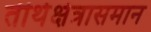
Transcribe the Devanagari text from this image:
तीर्थक्षेत्रासमान